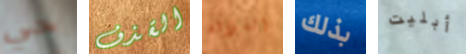
حي القذف السلالة بذلك أبليت